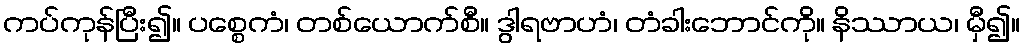
ကပ်ကုန်ပြီး၍။ ပစ္စေကံ၊ တစ်ယောက်စီ။ ဒွါရဗာဟံ၊ တံခါးဘောင်ကို။ နိဿာယ၊ မှီ၍။